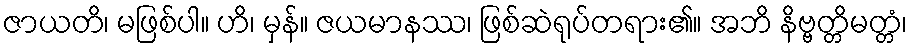
ဇာယတိ၊ မဖြစ်ပါ။ ဟိ၊ မှန်။ ဇယမာနဿ၊ ဖြစ်ဆဲရုပ်တရား၏။ အဘိ နိဗ္ဗတ္တိမတ္တံ၊